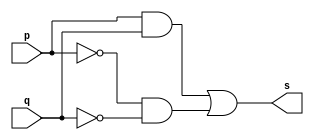
// -------------------------
// Ex7 - XNOR
// Nome: Gabriel Benjamim de Carvalho
// -------------------------
// -------------------------
// -- XNOR gate
// -------------------------
module xnorgate ( output s, input  p,input  q);
assign s = (p & q) | (~p & ~q);
endmodule // XNORgate
// ---------------------
// -- test XNOR gate
// ---------------------
module testxnorgate;
// ------------------------- dados locais
   reg   a, b; // definir registradores
   wire  s;    // definir conexao (fio)
// ------------------------- instancia
   xnorgate XNOR1 (s, a, b);
// ------------------------- preparacao
   initial begin:start
                   // atribuicao simultanea
// dos valores iniciais
      a=0; b=0;
   end// ------------------------- parte principal
   initial begin
         $display("Ex7 - Gabriel Benjamim de Carvalho - 396690");
         $display("Test XNOR gate");
         $display("\na & b = s\n");
           a=0; b=0;
  #1   $display("%b xnor %b = %b", a, b, s);
           a=0; b=1;
  #1  $display("%b xnor %b = %b", a, b, s);
           a=1; b=0;
  #1   $display("%b xnor %b = %b", a, b, s);
           a=1; b=1;
  #1   $display("%b xnor %b = %b", a, b, s);
  end
endmodule // testxnorgate